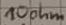
Text: 10ohm